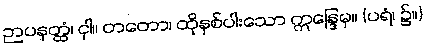
ဉာပနတ္ထံ၊ ငှါ။ တတော၊ ထိုနှစ်ပါးသော ဣန္ဒြေမှ။ (ပရံ၊ ၌။)